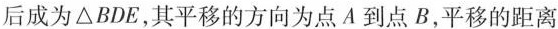
后成为△BDE，其平移的方向为点A到点B，平移的距离